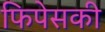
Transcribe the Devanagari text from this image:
फिपेसकी